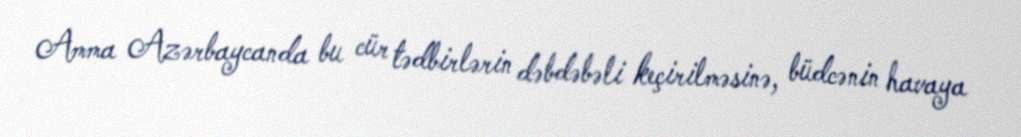
Amma Azərbaycanda bu cür tədbirlərin dəbdəbəli keçirilməsinə, büdcənin havaya